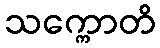
သက္ကောတိ